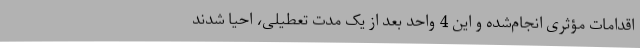
اقدامات مؤثری انجام‌شده و این 4 واحد بعد از یک مدت تعطیلی، احیا شدند